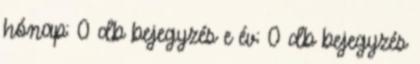
hónap: 0 db bejegyzés e év: 0 db bejegyzés